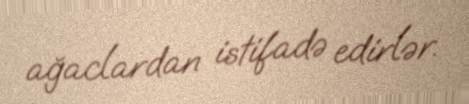
ağaclardan istifadə edirlər.